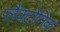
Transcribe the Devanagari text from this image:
प्लैंक्टोनिक